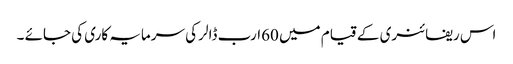
اس ریفائنری کے قیام میں 60ارب ڈالر کی سرمایہ کاری کی جائے ۔